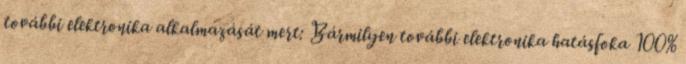
további elektronika alkalmazását mert: Bármilyen további elektronika hatásfoka 100%